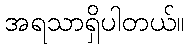
အရသာရှိပါတယ်။